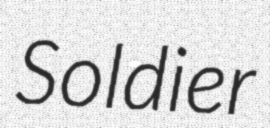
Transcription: Soldier